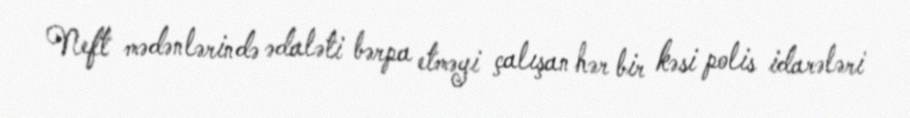
Neft mədənlərində ədaləti bərpa etməyi çalışan hər bir kəsi polis idarələri